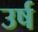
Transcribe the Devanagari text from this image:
उर्ष